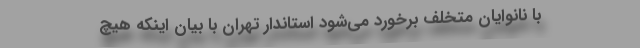
با نانوایان متخلف برخورد می‌شود استاندار تهران با بیان اینکه هیچ